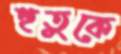
হুতুকে